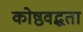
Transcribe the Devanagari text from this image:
कोष्ठवद्धता